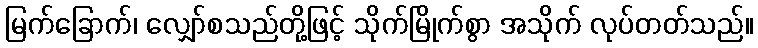
မြက်ခြောက်၊ လျှော်စသည်တို့ဖြင့် သိုက်မြိုက်စွာ အသိုက် လုပ်တတ်သည်။